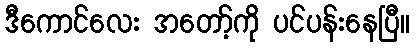
ဒီကောင်လေး အတော့်ကို ပင်ပန်းနေပြီ။